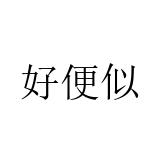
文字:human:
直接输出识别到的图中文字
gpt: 好便似